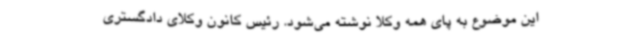
این موضوع به پای همه وکلا نوشته می‌شود. رئیس کانون وکلای دادگستری